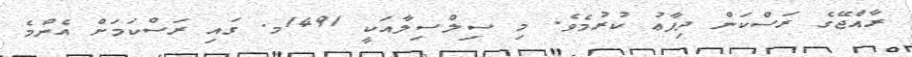
ރާއްޖޭގެ ރަސްކަން ދިފާޢު ކުރުމެވެ. މި ސިލްސިލާއަކީ 1491މ. ގައި ރަސްކަމަށް އެންމެ